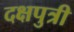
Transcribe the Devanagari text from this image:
दक्षपुत्री